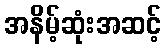
အနိမ့်ဆုံးအဆင့်